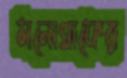
মনোগ্রাফের